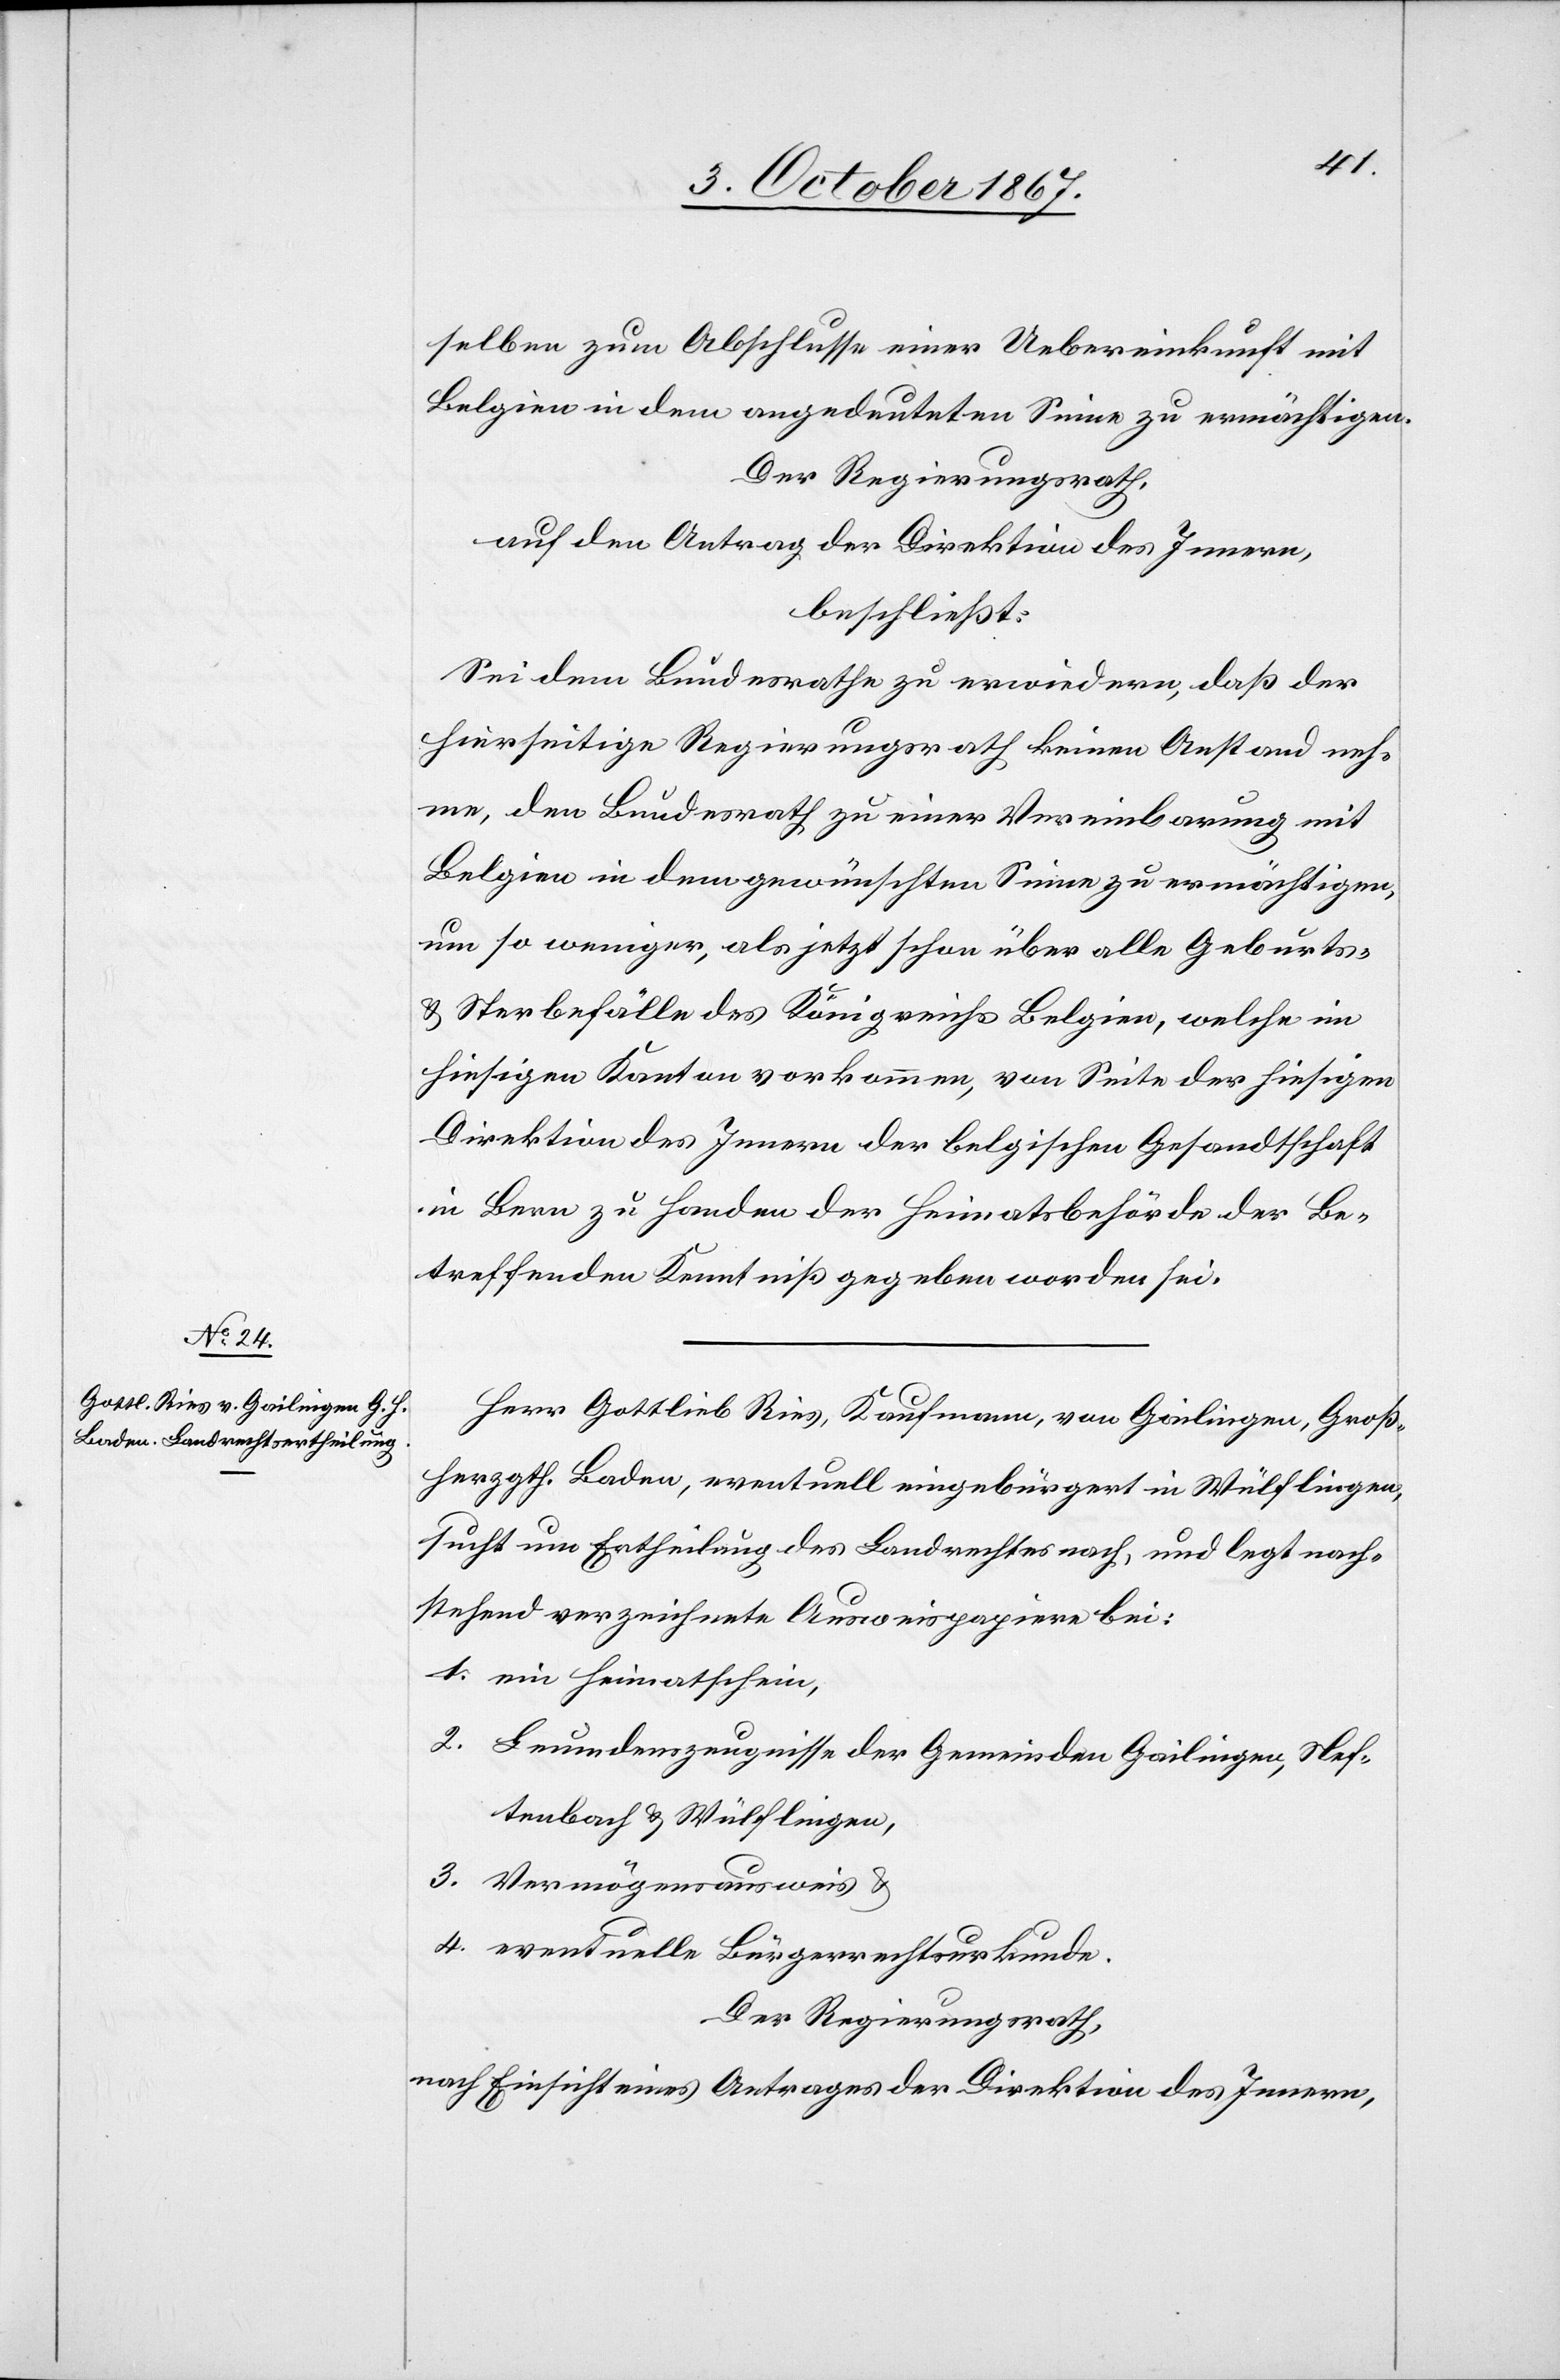
selben zum Abschlusse einer Uebereinkunft mit
Belgien in dem angedeuteten Sinne zu ermächtigen.
Der Regierungsrath,
auf den Antrag der Direktion des Innern,
beschließt:
Sei dem Bundesrathe zu erwiedern, daß der
hierseitige Regierungsrath keinen Anstand neh¬
me, den Bundesrath zu einer Vereinbarung mit
Belgien in dem gewünschten Sinne zu ermächtigen,
um so weniger, als jetzt schon über alle Geburts-
u. Sterbefälle des Königreichs Belgien, welche im
hiesigen Kanton vorkommen, von Seite der hiesigen
Direktion des Innern der belgischen Gesandtschaft
in Bern zu Handen der Heimatsbehörden der Be¬
treffenden Kenntniß gegeben worden sei.
Herr Gottlieb Ries, Kaufmann, von Gailingen, Groß¬
herzgth. Baden, eventuell eingebürgert in Wülflingen,
sucht um Ertheilung des Landrechtes nach, und legt nach¬
stehend verzeichnete Ausweispapiere bei:
1. ein Heimatschein,
2. Leumdenszeugnisse der Gemeinden Gailingen, Nef¬
tenbach u. Wülflingen,
3. Vermögensausweis u.
4. eventuelle Bürgerrechtsurkunde.
Der Regierungsrath,
nach Einsicht eines Antrages der Direktion des Innern,